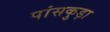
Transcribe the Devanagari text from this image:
पांसकुड़ा